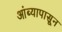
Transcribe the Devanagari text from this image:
आंब्यापासून